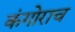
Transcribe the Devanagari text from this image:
कंगोराच